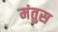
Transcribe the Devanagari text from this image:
मंतुस